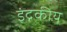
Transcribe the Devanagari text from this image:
इंद्रकीय